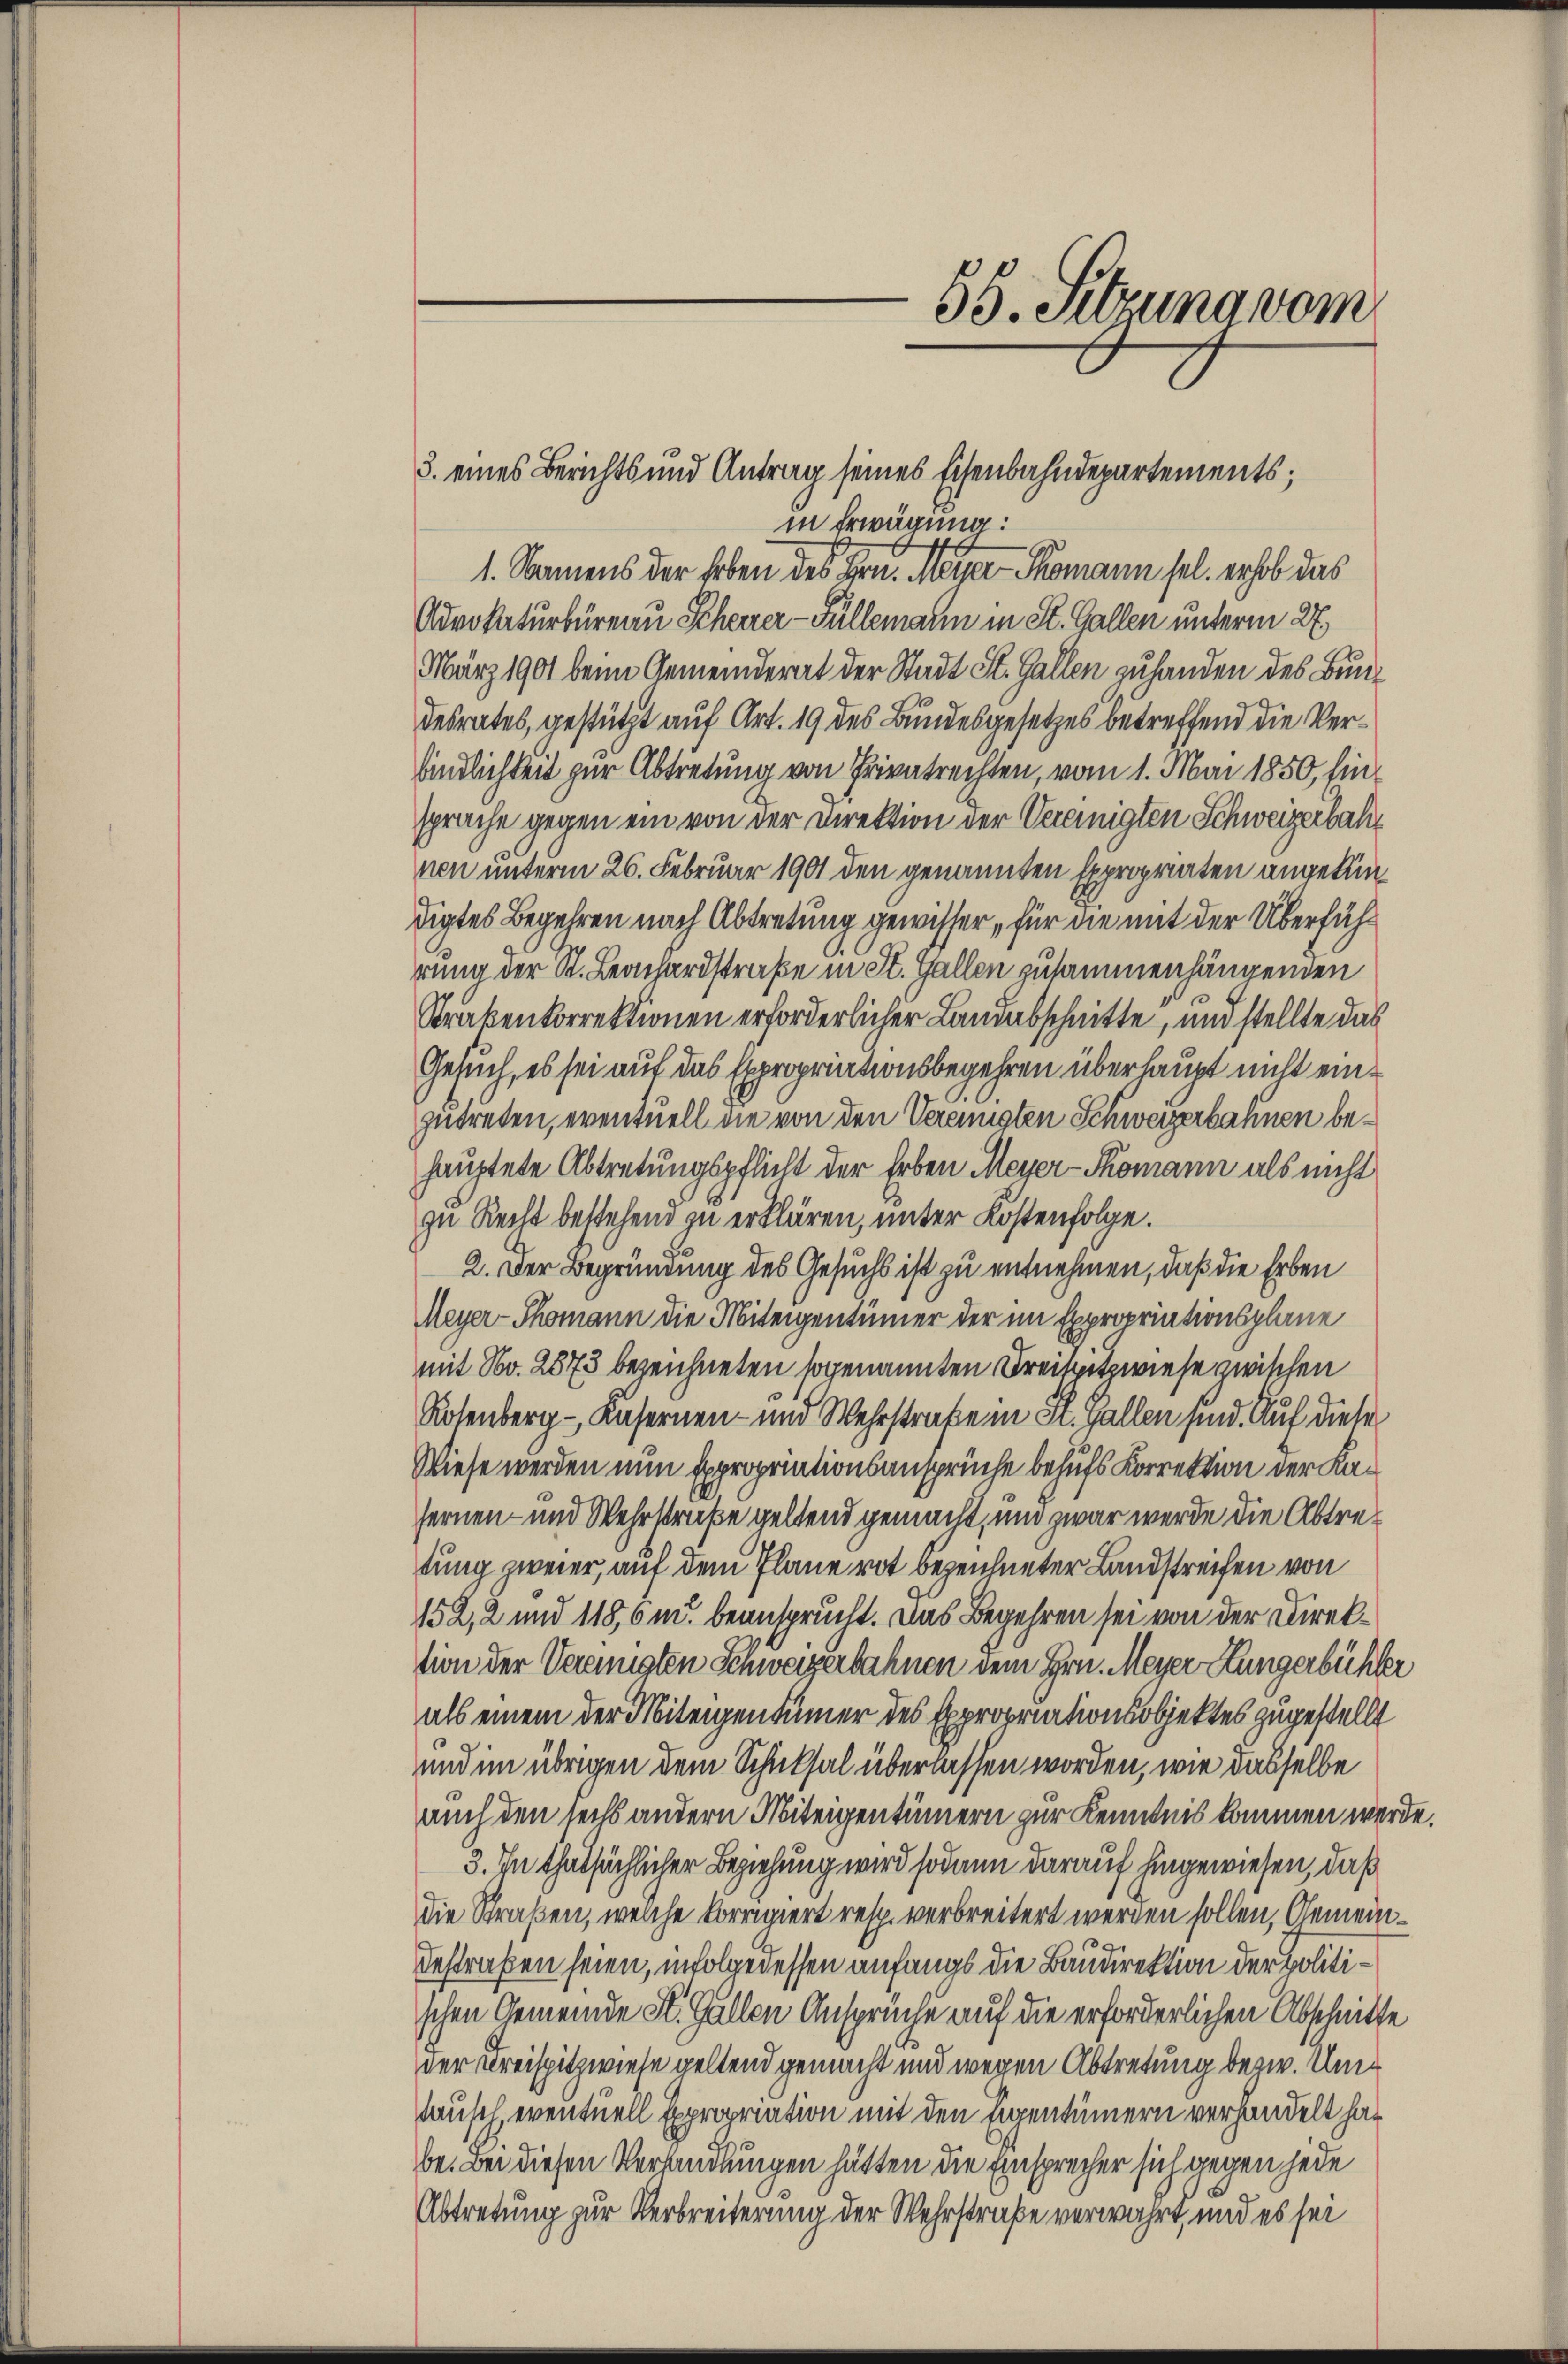
3. eines Berichts und Antrag seines Eisenbahndepartements;
in Erwägung:
1. Namens der Erben des Hrn. Meiner Komann sel. erhob das
Advokaturbüreau Scheurer-Füllemann in St. Gallen unterm 27.
März 1901 beim Gemeinderat der Stadt St. Gallen zuhanden des Bundesrates, gestützt auf Art. 19 des Bundesgesetzes betreffend die Verbindlichkeit zur Abtretung von Privatrechten, vom 1. Mai 1850, hinsprache gegen ein von der Direktion der Vereinigten Schweizerbahnen unterm 26. Februar 1901 den genannten Expropriaten angekündigtes Begehren nach Abtretung gewisser, für die mit der Überführung der St. Leonhardstraße in St. Gallen zusammenhängenden
Straßenkorrektionen erforderlicher Landabschnitte, und stellte das
Gesuch, es sei auf das Expropriationsbegehren überhaupt nicht einzutreten, eventuell die von den Vereinigten Schweizerbahnen behauptete Abtretungspflicht der Erben Meyer-Thomann als nicht
zu Recht bestehend zu erklären, unter Kostenfolge.
2. Der Begründung des Gesuchs ist zu entnehmen, daß die Erben
Meyer-Thomann die Miteigentümer der im Expropriationsplane
mit No. 2873 bezeichneten sogenannten Kreisetzwiese zwischen
Rosenberg -, Kasernen- und Wehrstrafe in St. Gallen sind. Auf diese
Wiese werden nun Expropriationsansprüche behufs Korrektion der Kafernen- und Wehrstraße geltend gemacht, und zwar werde die Abtretung zweier, auf dem Plane rot bezeichneter Landstreifen von
152, 2 und 118,6m. beansprucht. Das Begehren sei von der Direktion der Vereinigten Schweizerbahnen dem Hrn. Meyer Hungerbüchler
als einem der Miteigentümer des Expropriationsobjektes zugestellt
und im übrigen dem Schulsal überlassen worden, wie dasselbe
auch den sechs andern Miteigentümern zur Kenntnis kommen werde.
3. In thatsächlicher Beziehung wird sodann darauf hingewiesen, daß
die Straßen, welche korrigiert resp. verbreitert werden sollen, Gemeinbestraßen seien, infolge dessen anfangs die Baudirektion der politischen Gemeinde K. Gallen Ansprüche auf die erforderlichen Abschnitte
der Kreispitzwiese geltend gemacht und wegen Abtretung bezw. Um¬
Tausch, eventuell Expropriation mit den Eigentümern verhandelt hat
be. Bei diesen Verandlungen hätten die Einsprecher sich gegen jede
Abtretung zur Verbreiterung der Wehrstraße verwahrt, und es sei

55. Sitzung vom